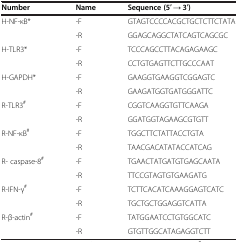
| Number | Name | Sequence (5′ → 3′) |
 | --- | --- | --- |
 | H-NF-κB* | -F | GTAGTCCCCACGCTGCTCTTCTATA |
 |  | -R | GGAGCAGGCTATCAGTCAGCGC |
 | H-TLR3* | -F | TCCCAGCCTTACAGAGAAGC |
 |  | -R | CCTGTGAGTTCTTGCCCAAT |
 | H-GAPDH* | -F | GAAGGTGAAGGTCGGAGTC |
 |  | -R | GAAGATGGTGATGGGATTC |
 | R-TLR3# | -F | CGGTCAAGGTGTTCAAGA |
 |  | -R | GGATGGTAGAAGCGTGTT |
 | R-NF-κB# | -F | TGGCTTCTATTACCTGTA |
 |  | -R | TAACGACATATACCATCAG |
 | R- caspase-8# | -F | TGAACTATGATGTGAGCAATA |
 |  | -R | TTCCGTAGTGTGAAGATG |
 | R-IFN-γ# | -F | TCTTCACATCAAAGGAGTCATC |
 |  | -R | TGCTGCTGGAGGTCATTA |
 | R-β-actin# | -F | TATGGAATCCTGTGGCATC |
 |  | -R | GTGTTGGCATAGAGGTCTT |